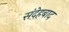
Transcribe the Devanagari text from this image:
संदेहबाद